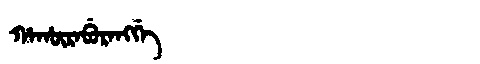
Manchu: ᡥᠠᡥᡡᡵᠠᠪᡠᡵᠠᠩᡤᡝ
Romanization: HAHŪRABURANGGE